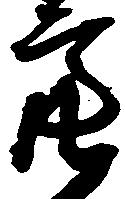
亮